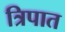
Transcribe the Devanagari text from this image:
त्रिपात